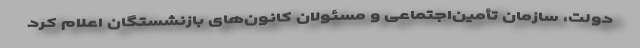
دولت، سازمان تأمین‌اجتماعی و مسئولان کانون‌های بازنشستگان اعلام کرد